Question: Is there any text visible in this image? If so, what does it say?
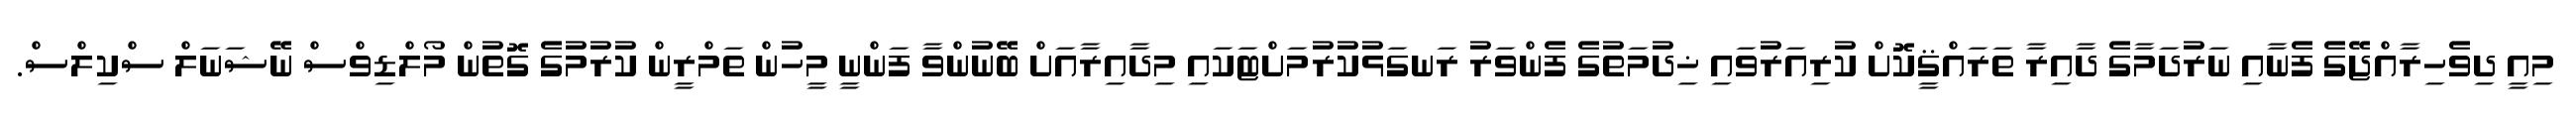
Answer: މިއީ ދިވެހިރާއްޖޭގެ ފެނާއި ނަރުދަމާގެ ދާއިރާ ތަރައްޤީކޮށް ކުރިއަރުވައި ޚިދުމަތުގެ ފެންވަރު ރަނގަޅުކުރުމަށްޓަކައި މިދާއިރާއަށް ބޭނުންވާ ފަންނީ މީހުން ތަމްރީން ކުރުމުގެ ގޮތުން މޯލްޑިވްސް ނޭޝަނަލް ސްކިލްސް.